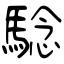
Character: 騐